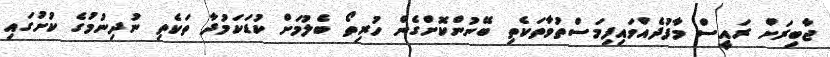
ޖާބިރަށް ރައީސް މާފުދެއްވައިފިމަސްތުވާތަކެތި ބޭނުންކޮށްގެން ހުރިތޯ ބެލުމަށް ކުޑަކަމުދާ ތަކެތި ނުދިނުމުގެ ކުށުގައި